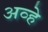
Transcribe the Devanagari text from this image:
अव्हे